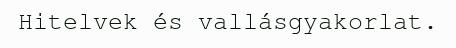
Hitelvek és vallásgyakorlat.